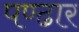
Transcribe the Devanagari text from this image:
पण्‍ढार